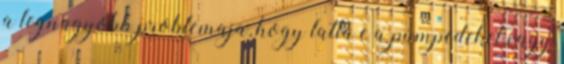
a legnagyobb problemaja, hogy latta e a pumpedeket vagy